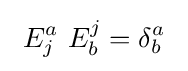
\ E_{j}^{a}\ E_{b}^{j}=\delta _{b}^{a}\